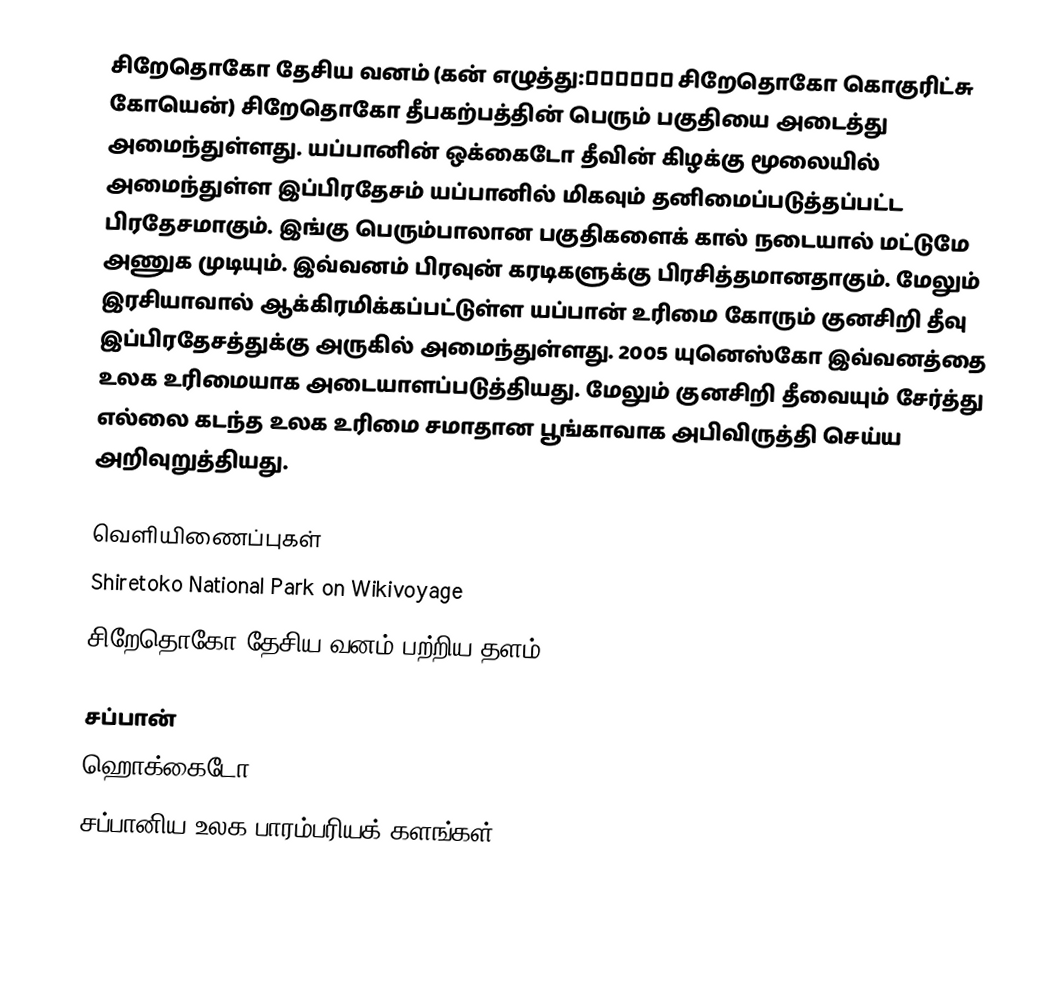
சிறேதொகோ தேசிய வனம் (கன் எழுத்து:知床国立公園 சிறேதொகோ கொகுரிட்சு கோயென்) சிறேதொகோ தீபகற்பத்தின் பெரும் பகுதியை அடைத்து அமைந்துள்ளது. யப்பானின் ஒக்கைடோ தீவின் கிழக்கு மூலையில் அமைந்துள்ள இப்பிரதேசம் யப்பானில் மிகவும் தனிமைப்படுத்தப்பட்ட பிரதேசமாகும். இங்கு பெரும்பாலான பகுதிகளைக் கால் நடையால் மட்டுமே அணுக முடியும். இவ்வனம் பிரவுன் கரடிகளுக்கு பிரசித்தமானதாகும். மேலும் இரசியாவால் ஆக்கிரமிக்கப்பட்டுள்ள யப்பான் உரிமை கோரும் குனசிறி தீவு இப்பிரதேசத்துக்கு அருகில் அமைந்துள்ளது. 2005 யுனெஸ்கோ இவ்வனத்தை உலக உரிமையாக அடையாளப்படுத்தியது. மேலும் குனசிறி தீவையும் சேர்த்து எல்லை கடந்த உலக உரிமை சமாதான பூங்காவாக அபிவிருத்தி செய்ய அறிவுறுத்தியது.

வெளியிணைப்புகள்
 Shiretoko National Park on Wikivoyage
 சிறேதொகோ தேசிய வனம் பற்றிய தளம்

சப்பான்
ஹொக்கைடோ
சப்பானிய உலக பாரம்பரியக் களங்கள்